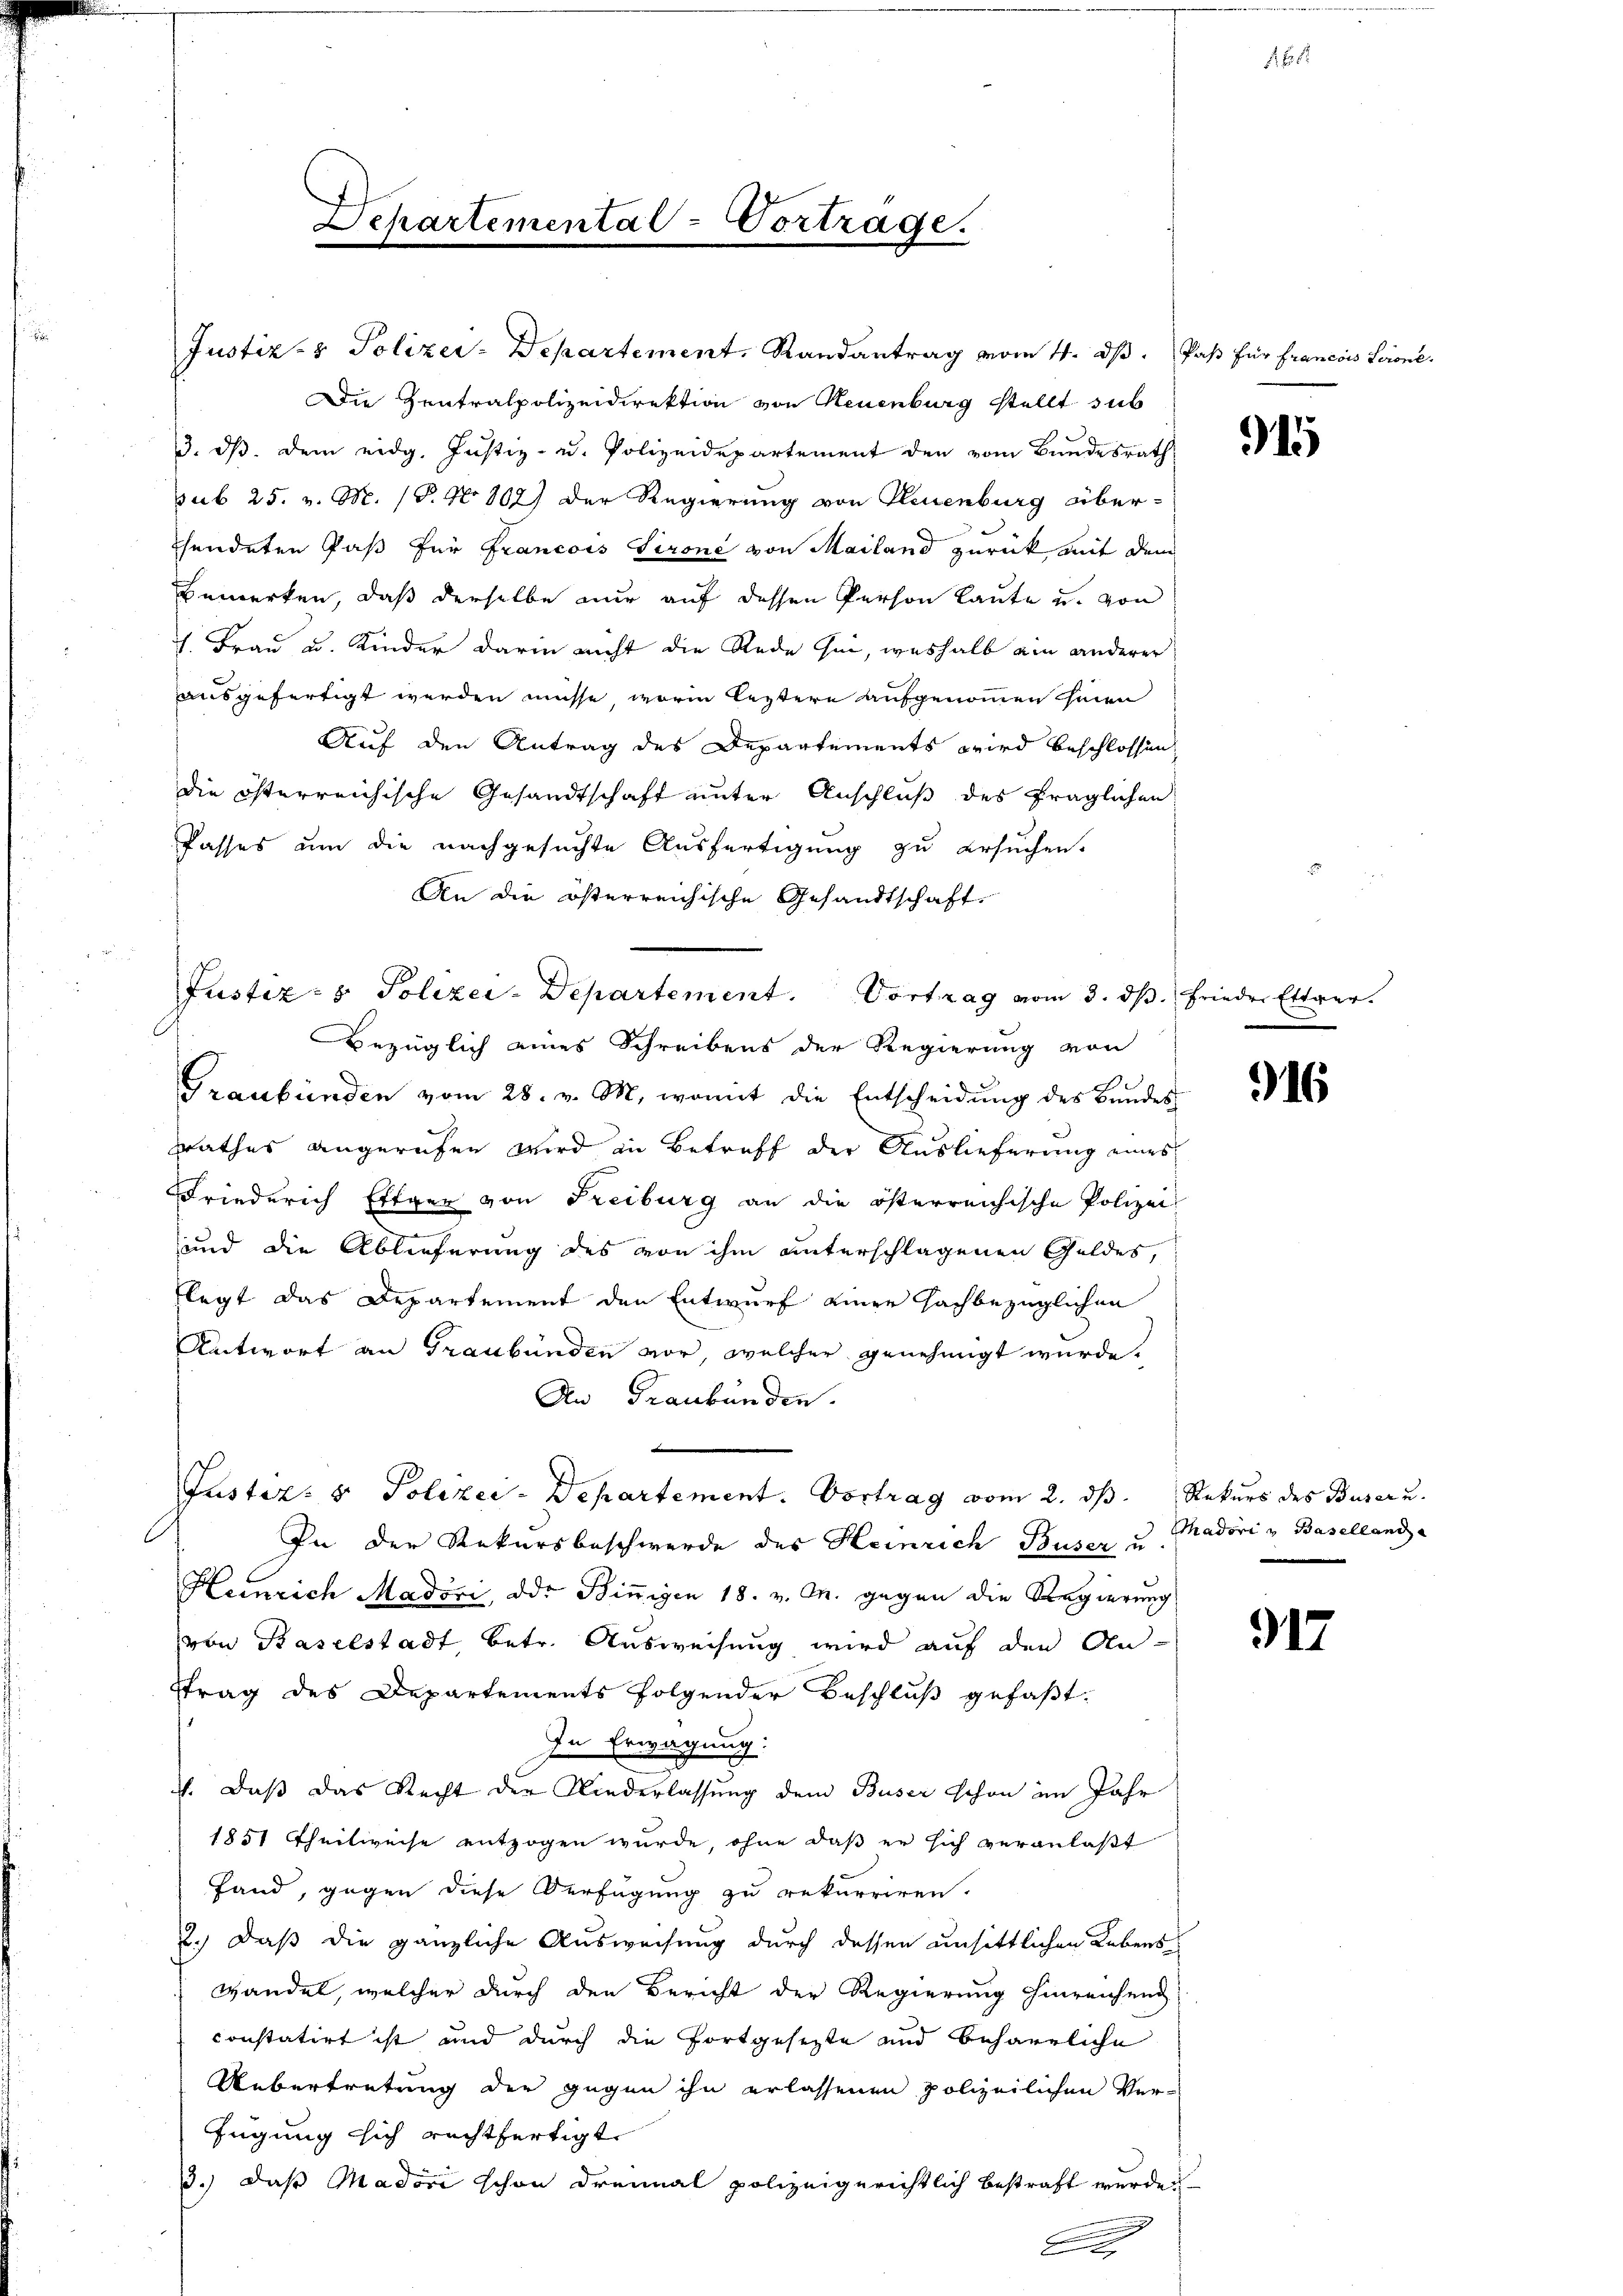
Die Zentralpolizeidirektion von Neuenburg stellt sub
3. dβ. dem eidg. Justiz- u. Polizeidepartement den vom Bundesrath
sub 25. v. M. 18. No 102) der Regierung von Neuenburg über-
hendeten Paß für Francois Tirone von Mailand zurück mit dem
Bemerken, daß derselbe nur auf dessen Person laute u. von
7. Frau u. Kinder darin nicht die Rede sei, weshalb am anderer
ausgefertigt werden müsse, worin leztere aufgenommen seien
Auf den Antrag des Departements wird beschlossen,
die österreichische Gesandtschaft unter Anschluß des fraglichen
Passes um die nachgesuchte Ausfertigung zu ersuchen.
An die österreichische Gesandtschaft-
Graubünden vom 28. v. M., womit die Entscheidung des Bundes
rrathes angerufen wird in Betreff der Auslieferung eines
Friederich Eftger von Freiburg an die österreichische Polizei
.
und die Ablieferung des von ihm unterschlagenen Geldes,
legt das Departement den Entwurf einer Fachbezüglichen
Antwort an Graubünden vor, welcher genehmigt wurde.
An Graubünden.
Justiz- & Polizei-Departement. Vortrag vom 2. ds.
In der Rekursbeschwerde des Heinrich Buser u
Heinrich Madori, der Binnigen 18. v. M. gegen die Regierung
von Baselstadt, betr. Ausweisung wird auf den An-
ftrag des Departements folgender Beschluß gefaßt.
In Erwägung:
4. Daß das Recht der Niederlassung dem Buser schon im Jahr
1851 Theilweise entzogen wurde, ohne daß er sich veranlaßt
fand, gegen diese Verfügung zu rekurriren.
2.) Daß die gänzliche Ausweisung durch dessen unsittlichen Lebens
Wandel, welcher durch den Bericht der Regierung hinreichend
constatirt ist und durch die fortgesezte und beharrliche
Uebertretung der gegen ihn erlassenen polizeilichen Verfügung sich rechtfertigt.
13.) daß Madori schon dreimal polizeigerichtlich bestraft wurde.
.

Schartemental-Vortrage.

Justiz- & Polizei-Departement. Vortrag vom 3. ds.
Bezüglich eines Schreibens der Regierung von

Justiz- & Polizer-Departement, Randantrag vom 4. ds. Paß für francois Serone.

f

1. 2

4

frieder Ettger.

916

Rekurs des Buser u.
Chadori u Baselland

917